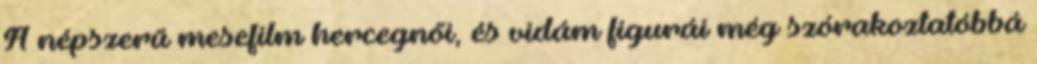
A népszerű mesefilm hercegnői, és vidám figurái még szórakoztatóbbá